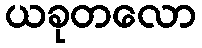
ယခုတလော